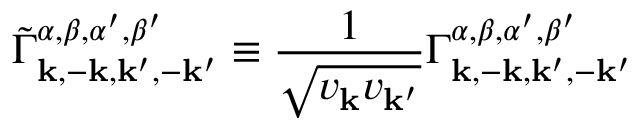
\tilde { \Gamma } _ { \mathbf { k } , - \mathbf { k } , \mathbf { k } ^ { \prime } , - \mathbf { k } ^ { \prime } } ^ { \alpha , \beta , \alpha ^ { \prime } , \beta ^ { \prime } } \equiv \frac { 1 } { \sqrt { v _ { \mathbf { k } } v _ { \mathbf { k } ^ { \prime } } } } \Gamma _ { \mathbf { k } , - \mathbf { k } , \mathbf { k } ^ { \prime } , - \mathbf { k } ^ { \prime } } ^ { \alpha , \beta , \alpha ^ { \prime } , \beta ^ { \prime } }